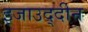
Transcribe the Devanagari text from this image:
इजाउद्दीन